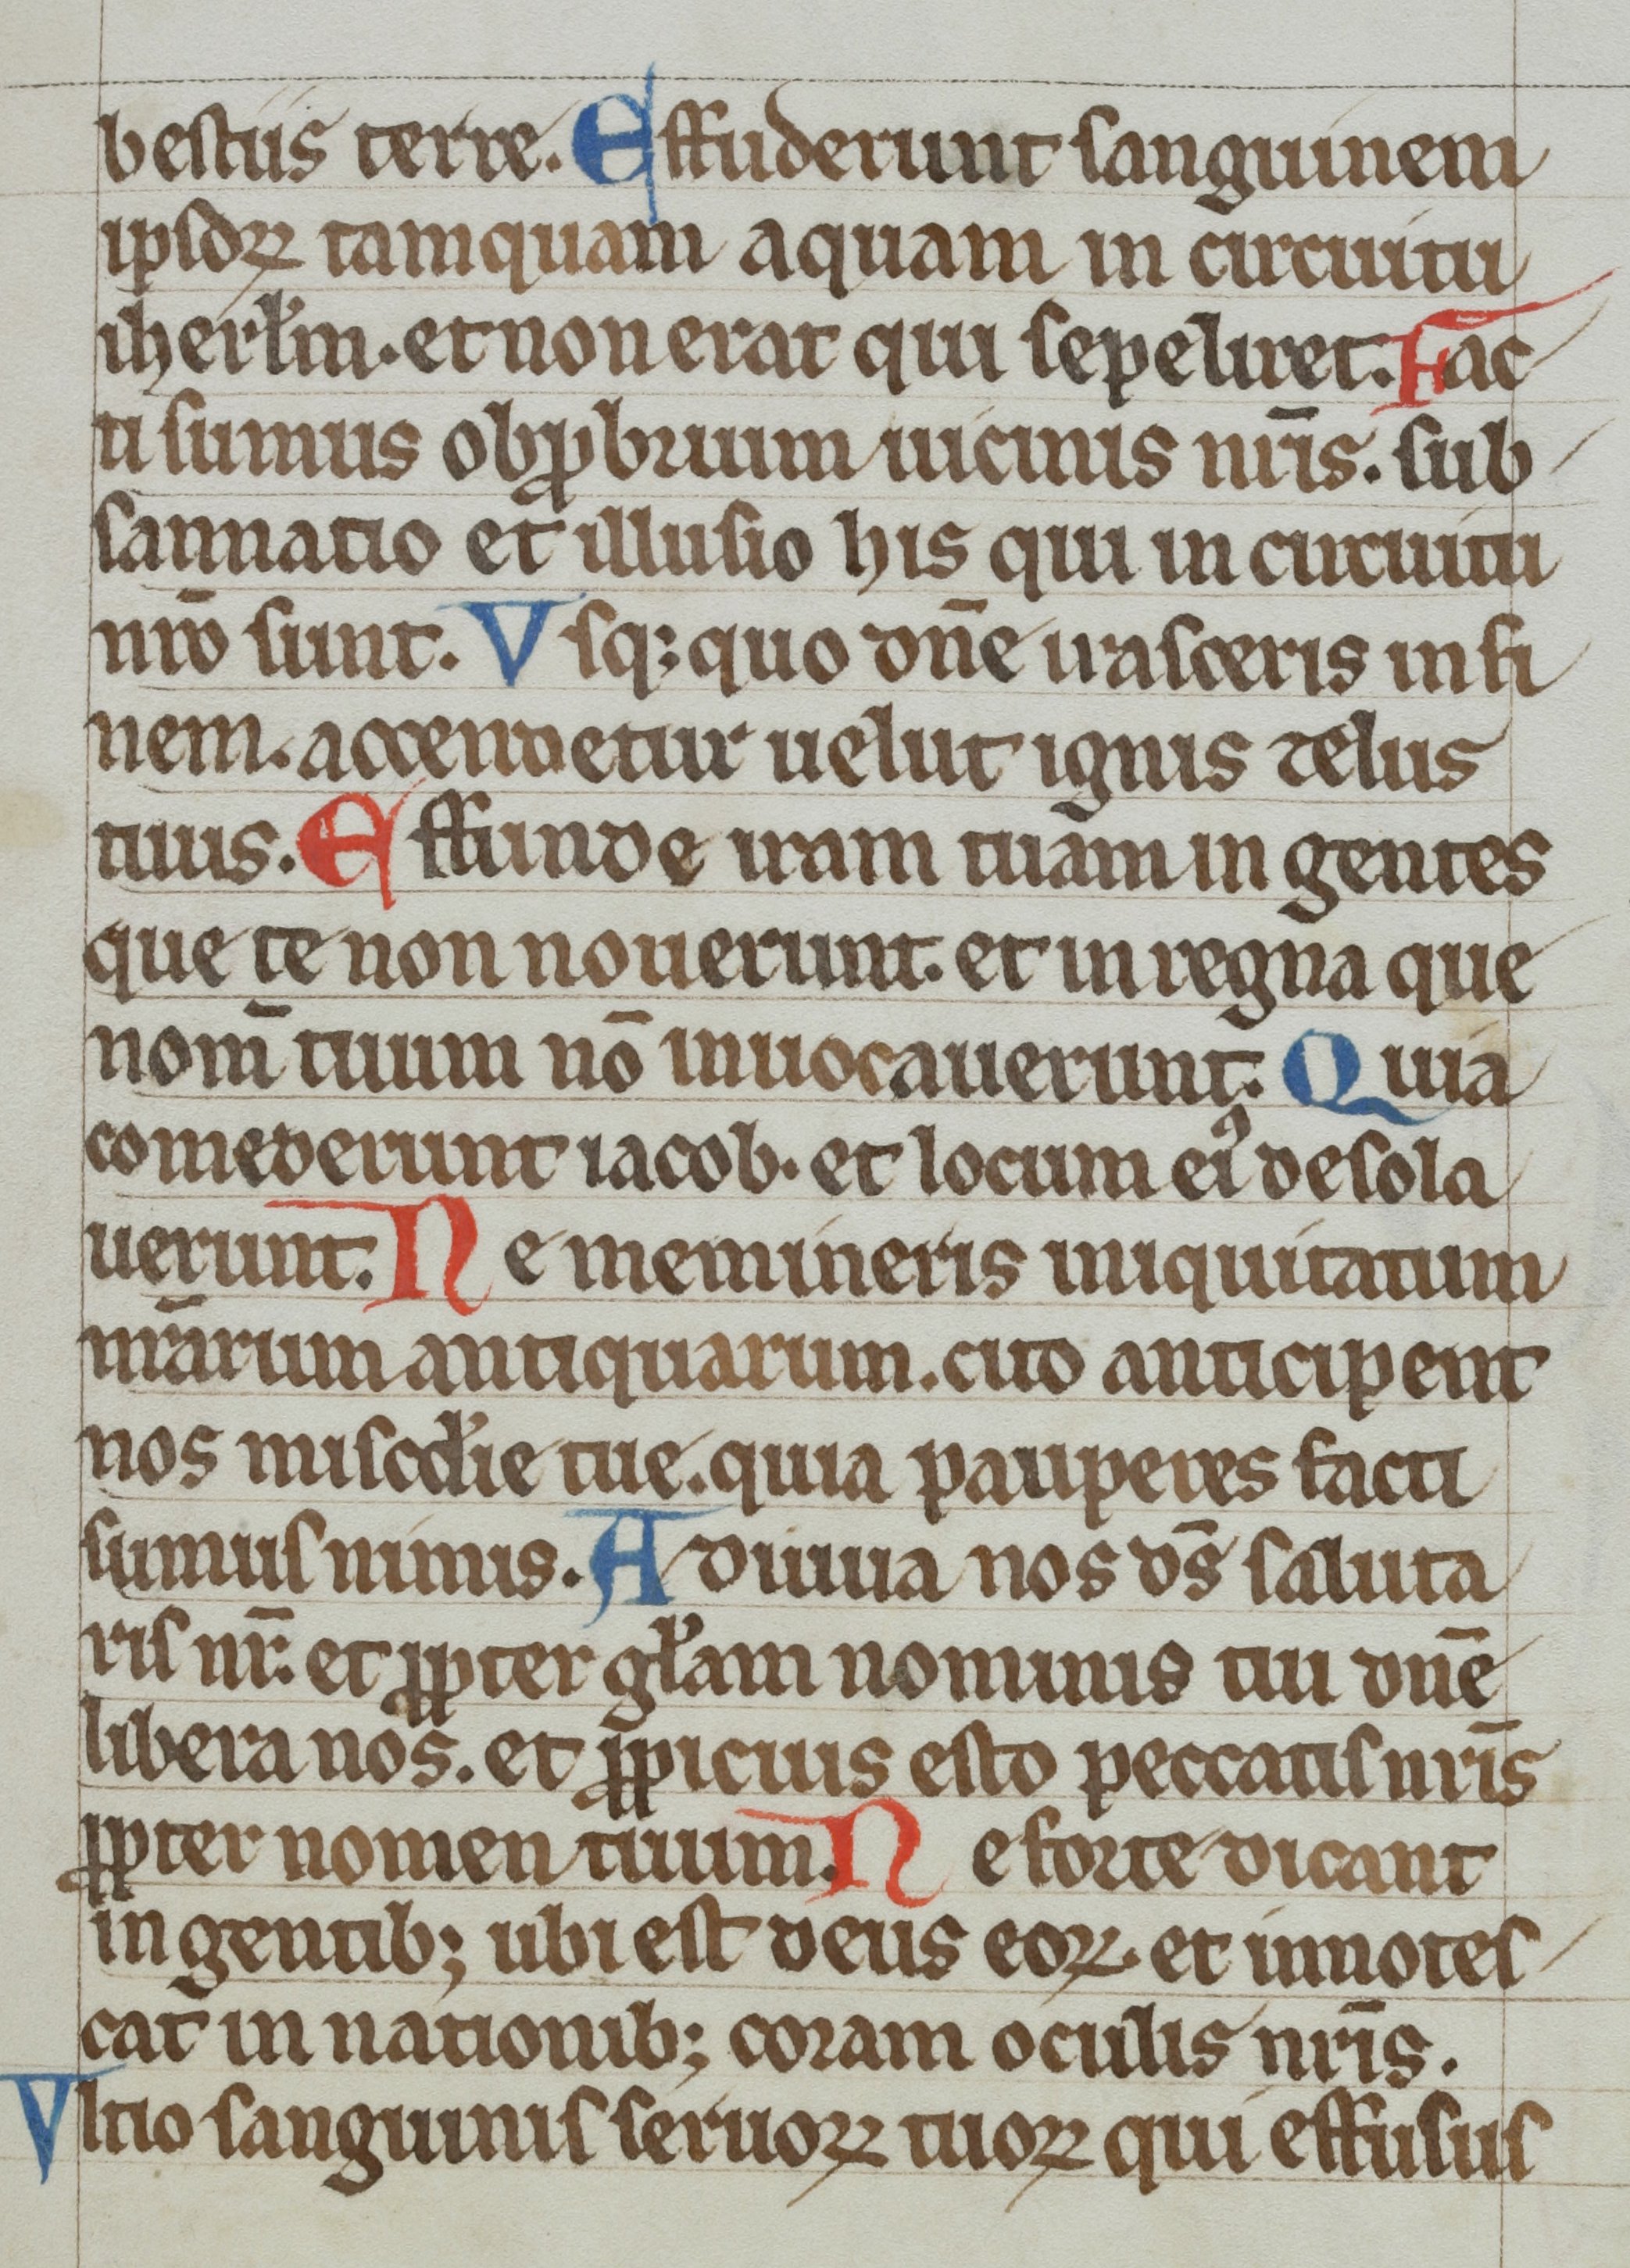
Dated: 1300–1399